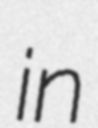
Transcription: in